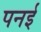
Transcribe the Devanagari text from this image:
पनई